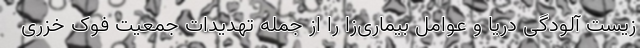
زیست آلودگی دریا و عوامل بیماری‌زا را از جمله تهدیدات جمعیت فوک خزری